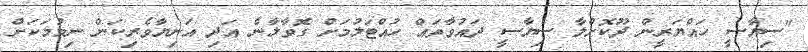
"ސިޔާސީ ހައްޔަރީން ދޫކޮށްލާ ސިޔާސީ ދައުވާތައް ހުއްޓަލުމަށް ގޮވާލާނެ އަދި އަނިޔާވެރިކަން ނިމުމަކަށް